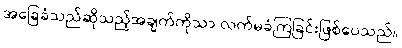
အခြေခံသည်ဆိုသည့်အချက်ကိုသာ လက်မခံကြခြင်းဖြစ်ပေသည်။